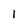
Character: 1